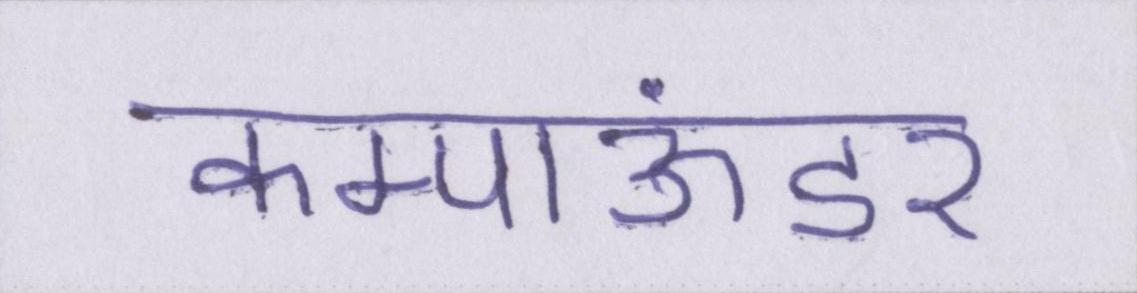
कम्पाऊंडर